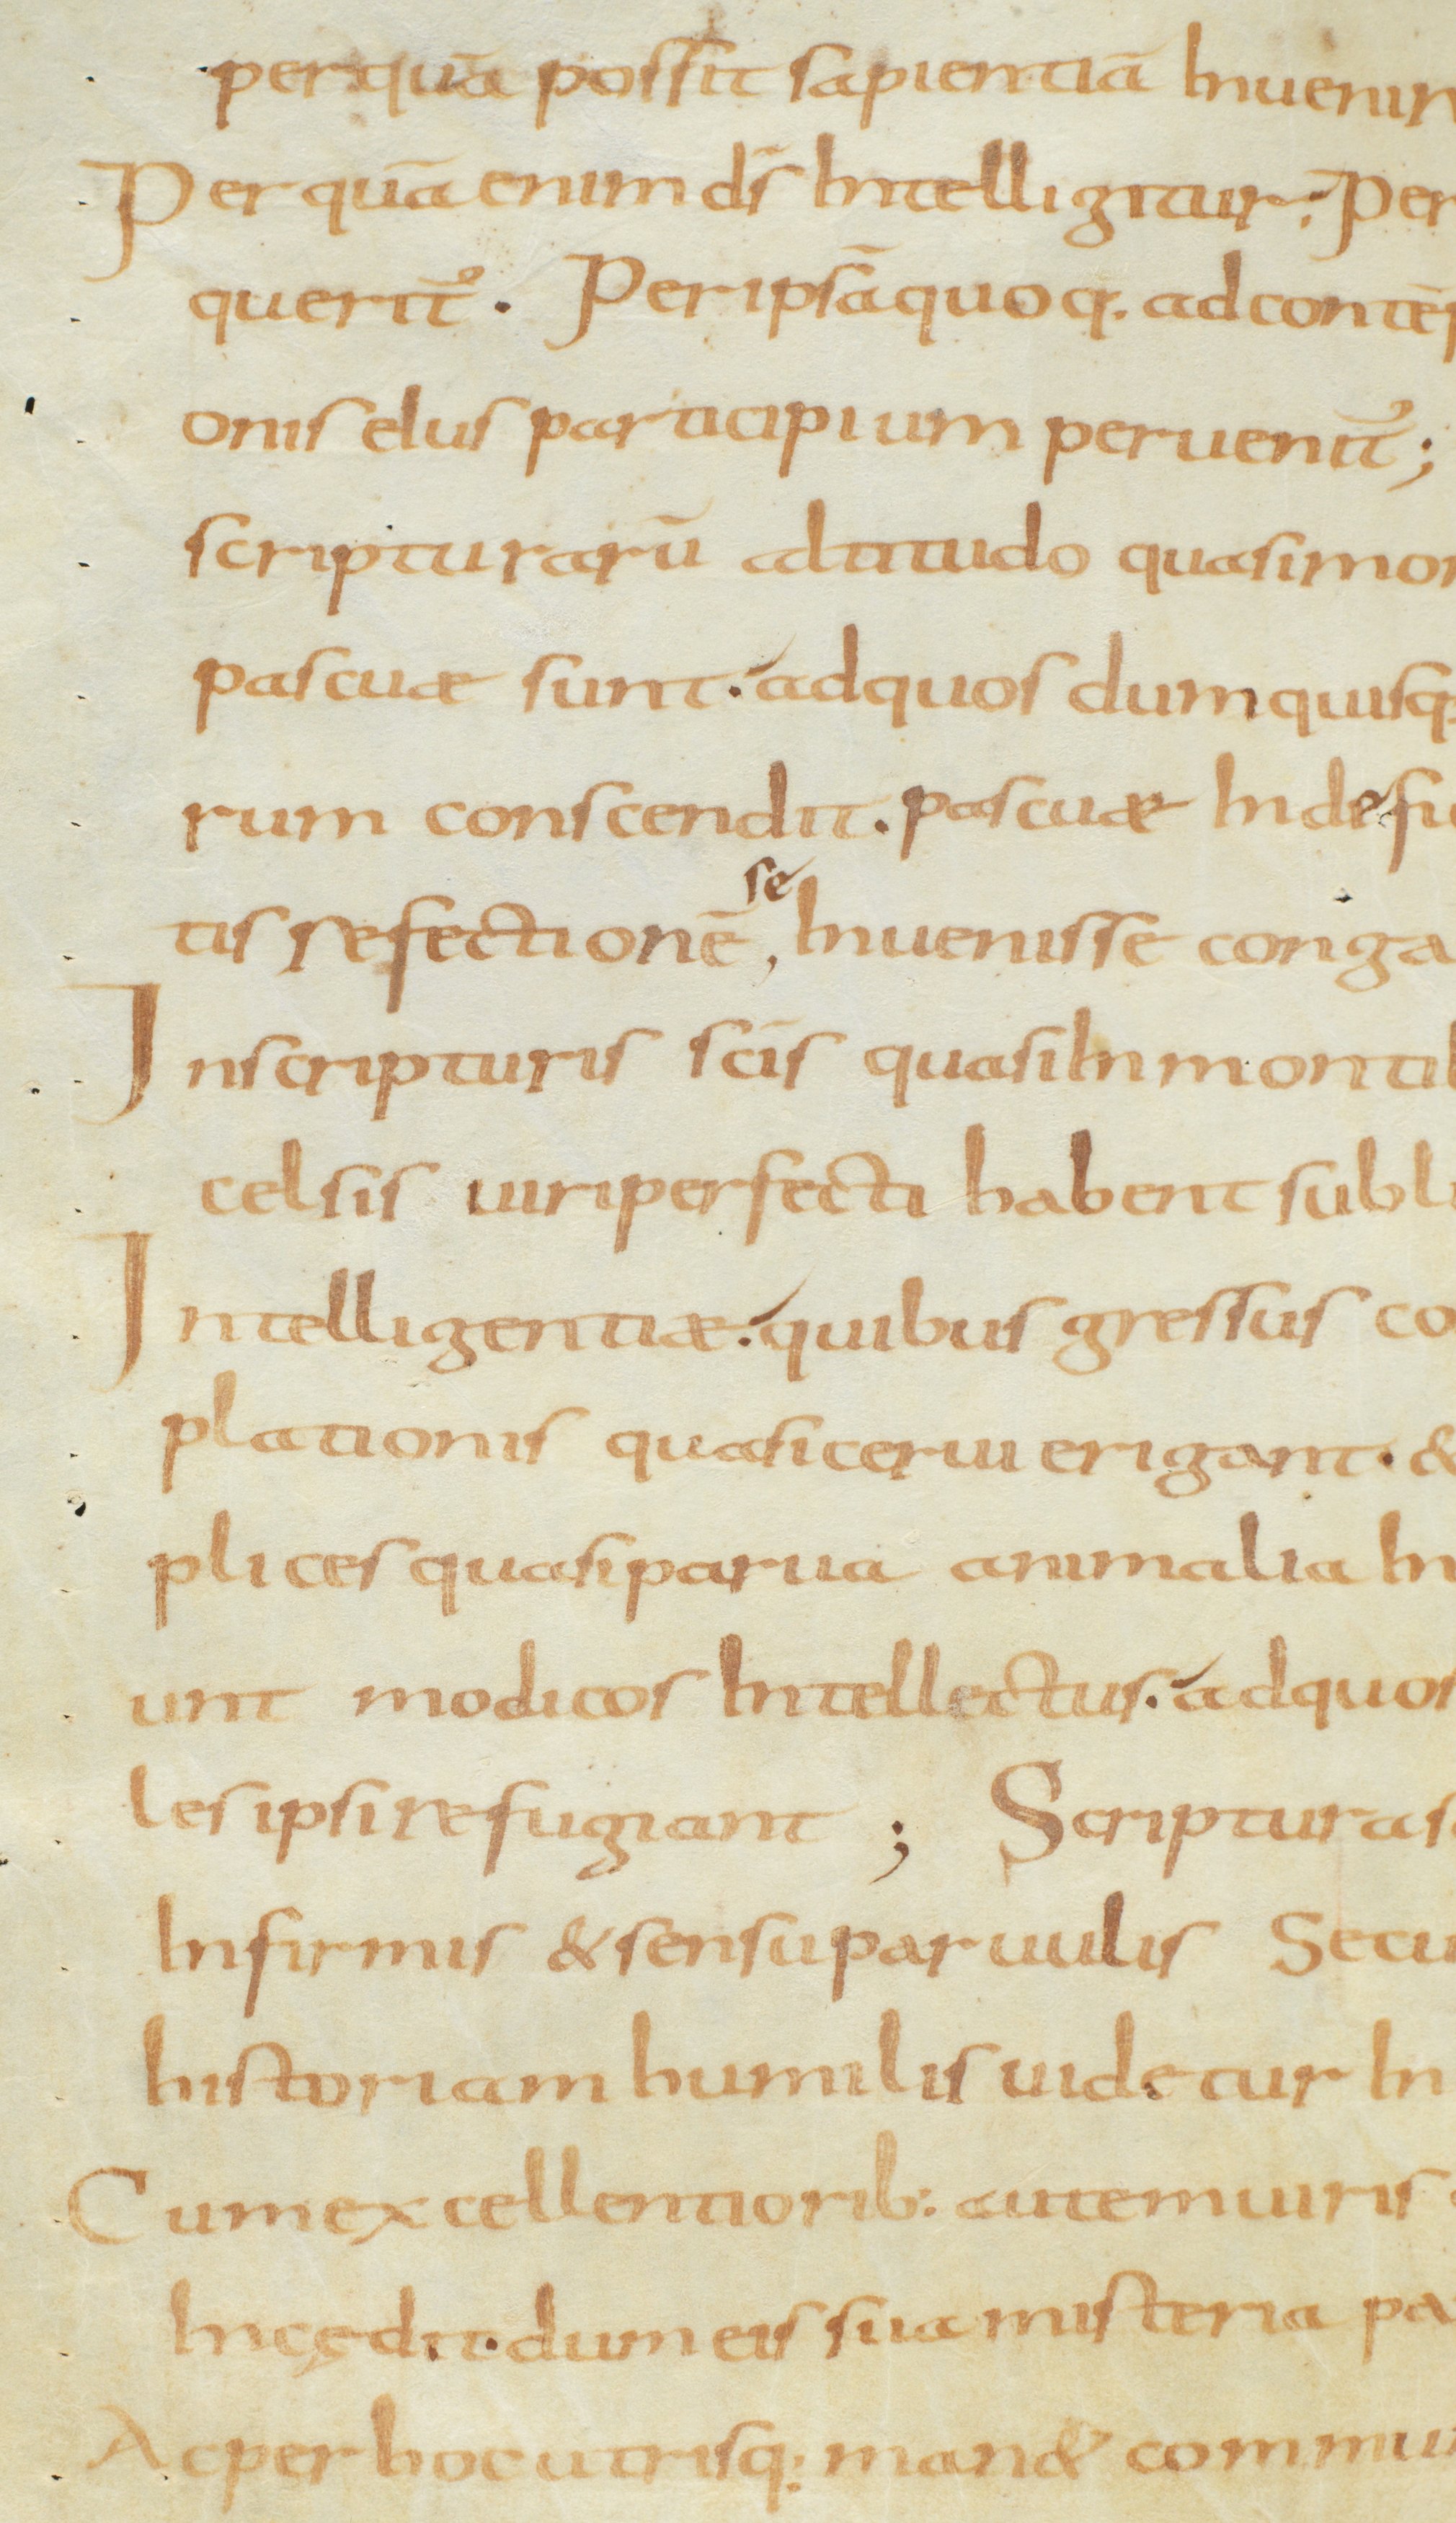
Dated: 800–833